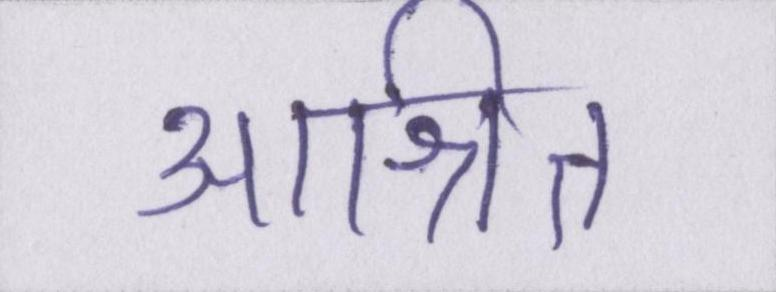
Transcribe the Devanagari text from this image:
आश्रित